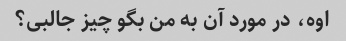
اوه، در مورد آن به من بگو چیز جالبی؟